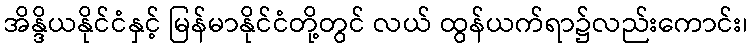
အိန္ဒိယနိုင်ငံနှင့် မြန်မာနိုင်ငံတို့တွင် လယ် ထွန်ယက်ရာ၌လည်းကောင်း၊